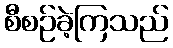
စီစဉ်ခဲ့ကြသည်